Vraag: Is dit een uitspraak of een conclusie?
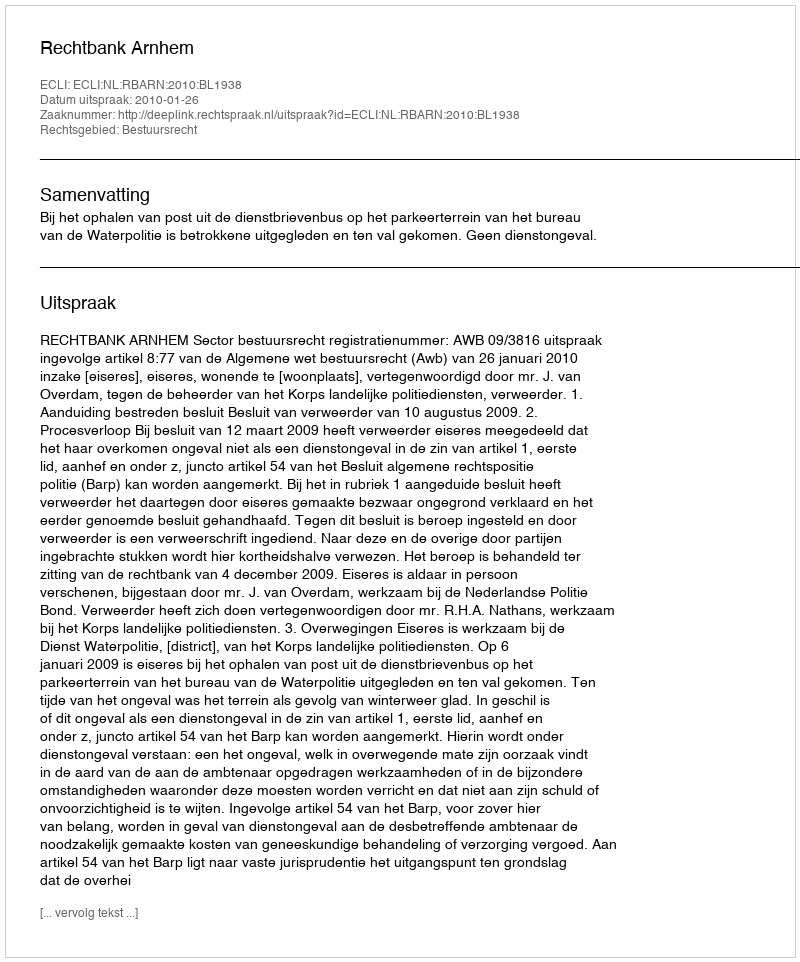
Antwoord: Uitspraak